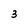
Character: 3